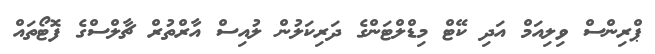
ޕްރިންސް ވިލިއަމް އަދި ކޭޓް މިޑްލްޓަންގެ ދަރިކަލުން ލުއިސް އާރްތުރް ޗާލްސްގެ ފޮޓޯތައް